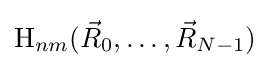
\mathrm {H} _{nm}({\vec {R}}_{0},\dots ,{\vec {R}}_{N-1})